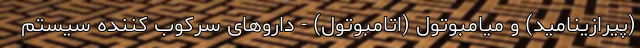
(پیرازینامید) و میامبوتول (اتامبوتول) - داروهای سرکوب کننده سیستم